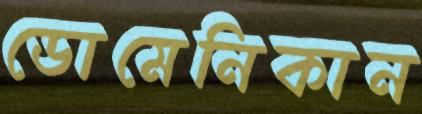
ডোমেনিকান